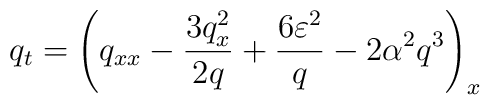
q_t = \left( q_{xx} - \frac{3 q_x^2}{2 q} + \frac{6\varepsilon^2}{q}  - 2 \alpha^2 q^3 \right)_x